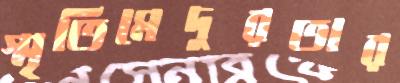
স্মৃতিমেদুরতার